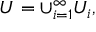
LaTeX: U = \cup _ { i = 1 } ^ { \infty } U _ { i } ,